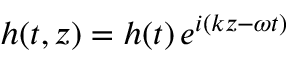
h ( t , z ) = h ( t ) \, e ^ { i ( k z - \omega t ) }